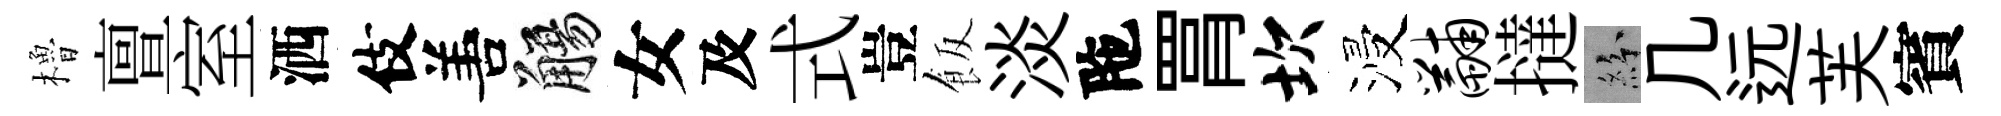
櫓亶室洒伎𠵊觴女及式豈飯淡陁罥坎浸黼撻紛几远芙賓